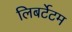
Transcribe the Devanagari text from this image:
लिबर्टेटम